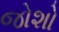
જોશો